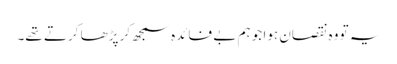
یہ تو وہ نقصان ہوا جو ہم بے فائدہ سمجھ کر پڑھا کرتے تھے۔